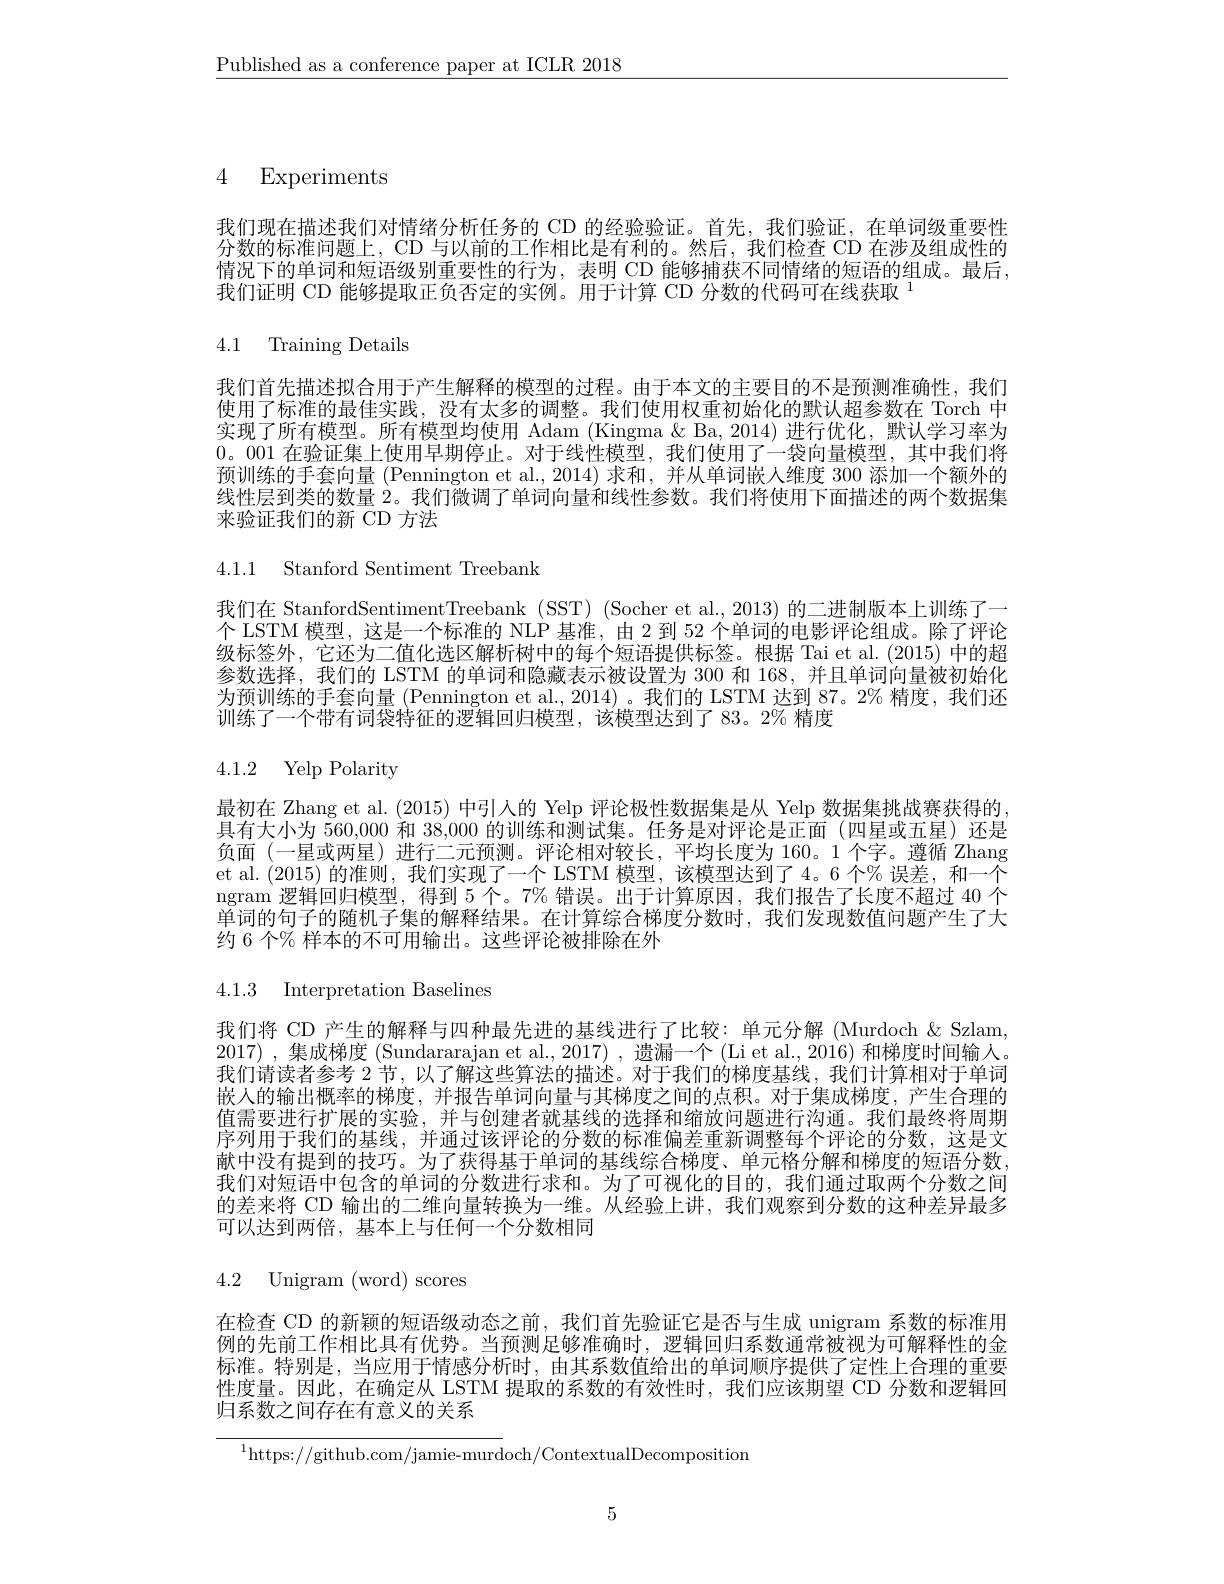
$\underline{\text{Published as a conference paper at ICLR 2018}}$

4 Experiments

我们现在描述我们对情绪分析任务的 CD 的经验验证。首先，我们验证，在单词级重要性分数的标准问题上，CD 与以前的工作相比是有利的。然后，我们检查 CD 在涉及组成性的情况下的单词和短语级别重要性的行为，表明 CD 能够捕获不同情绪的短语的组成。最后， 我们证明 CD 能够提取正负否定的实例。用于计算 CD 分数的代码可在线获取$^{1}$

4.1 Training Details

我们首先描述拟合用于产生解释的模型的过程。由于本文的主要目的不是预测准确性，我们使用了标准的最佳实践，没有太多的调整。我们使用权重初始化的默认超参数在 Torch 中实现了所有模型。所有模型均使用 Adam (Kingma & Ba, 2014)进行优化，默认学习率为0。001 在验证集上使用早期停止。对于线性模型，我们使用了一袋向量模型，其中我们将预训练的手套向量 (Pennington et al., 2014) 求和 , 并从单词嵌人维度 300 添加一个额外的线性层到类的数量 2。我们微调了单词向量和线性参数。我们将使用下面描述的两个数据集来验证我们的新 CD 方法

4.1.1 Stanford Sentiment Treebank

我们在 StanfordSentimentTreebank (SST) (Socher et al., 2013) 的二进制版本上训练了一个 LSTM 模型，这是一个标准的 NLP 基准，由 2 到 52 个单词的电影评论组成。除了评论级标签外，它还为二值化选区解析树中的每个短语提供标签。根据 Tai et al.(2015)中的超参数选择，我们的 LSTM 的单词和隐藏表示被设置为 300 和 168, 并且单词向量被初始化为预训练的手套向量 (Pennington et al., 2014)。我们的 LSTM 达到 87。2% 精度，我们还训练了一个带有词袋特征的逻辑回归模型，该模型达到了 83。2% 精度

# 4.1.2 Yelp Polarity

最初在 Zhang et al. (2015) 中引人的 Yelp 评论极性数据集是从 Yelp 数据集挑战赛获得的， 具有大小为 560,000 和 38,000 的训练和测试集。任务是对评论是正面(四星或五星)还是负面(一星或两星)进行二元预测。评论相对较长，平均长度为 160。1 个字。遵循 Zhang et al.(2015)的准则，我们实现了一个 LSTM 模型，该模型达到了4。6 个% 误差，和一个ngram 逻辑回归模型，得到 5个。7% 错误。出于计算原因，我们报告了长度不超过 40 个单词的句子的随机子集的解释结果。在计算综合梯度分数时，我们发现数值问题产生了大约 6 个% 样本的不可用输出。这些评论被排除在外

4.1.3 Interpretation Baselines

我们将 CD 产生的解释与四种最先进的基线进行了比较：单元分解 (Murdoch & Szlam, 2017) ,集成梯度 (Sundararajan et al.,2017) ,遗漏一个 (Li et al.,2016) 和梯度时间输人。我们请读者参考 2 节，以了解这些算法的描述。对于我们的梯度基线，我们计算相对于单词嵌人的输出概率的梯度，并报告单词向量与其梯度之间的点积。对于集成梯度，产生合理的值需要进行扩展的实验，并与创建者就基线的选择和缩放问题进行沟通。我们最终将周期序列用于我们的基线，并通过该评论的分数的标准偏差重新调整每个评论的分数，这是文献中没有提到的技巧。为了获得基于单词的基线综合梯度、单元格分解和梯度的短语分数， 我们对短语中包含的单词的分数进行求和。为了可视化的目的，我们通过取两个分数之间的差来将 CD 输出的二维向量转换为一维。从经验上讲，我们观察到分数的这种差异最多可以达到两倍，基本上与任何一个分数相同

4.2 Unigram (word) scores

在检查 CD 的新颖的短语级动态之前，我们首先验证它是否与生成 unigram 系数的标准用例的先前工作相比具有优势。当预测足够准确时，逻辑回归系数通常被视为可解释性的金标准。特别是，当应用于情感分析时，由其系数值给出的单词顺序提供了定性上合理的重要性度量。因此，在确定从 LSTM 提取的系数的有效性时，我们应该期望 CD 分数和逻辑回归系数之间存在有意义的关系
$^{1}$https://github.com/jamie-murdoch/ContextualDecomposition

5